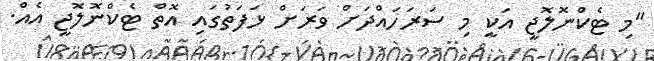
"މި ޓެކްނޮލޮޖީ އަކީ މި ސަރަހައްދަށް ވަރަށް ޅަފަތުގައި އޮތް ޓެކްނޮލޮޖީ އެއް.